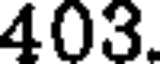
403.